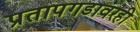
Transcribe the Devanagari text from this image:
प्रतापगडावरही